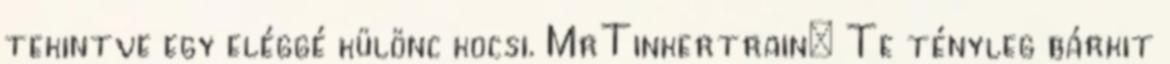
tekintve egy eléggé különc kocsi. MrTinkertrain: Te tényleg bárkit